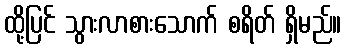
ထို့ပြင် သွားလာစားသောက် စရိတ် ရှိမည်။